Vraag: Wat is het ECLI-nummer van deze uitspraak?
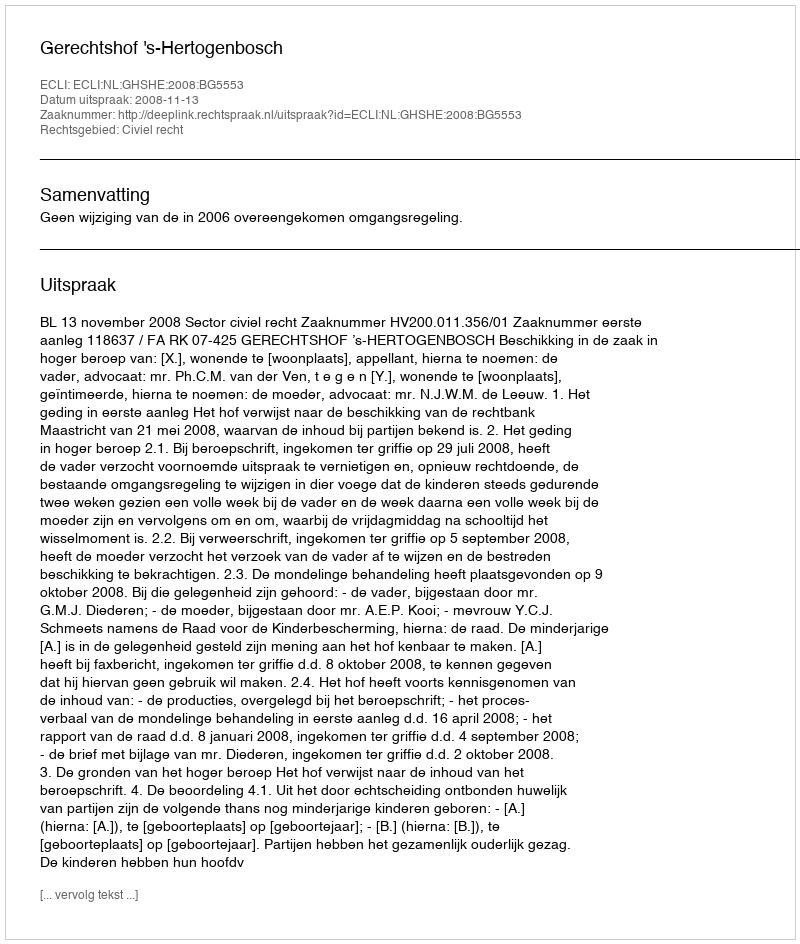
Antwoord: ECLI:NL:GHSHE:2008:BG5553